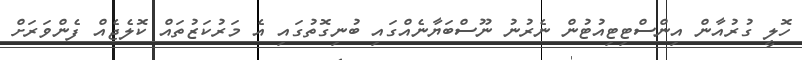
ހޮލީ ގުރުއާން އިންސްޓިޓިއުޓުން ނެރުނު ނޫސްބަޔާނެއްގައި ބުނިގޮތުގައި އެ މަރުކަޒުތައް ކޮލެޖެއް ފެންވަރަށް